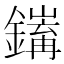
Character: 𨭅